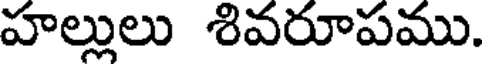
హల్లులు శివరూపము.